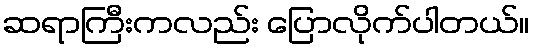
ဆရာကြီးကလည်း ပြောလိုက်ပါတယ်။